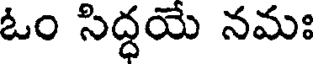
ఓం సిద్ధయే నమః